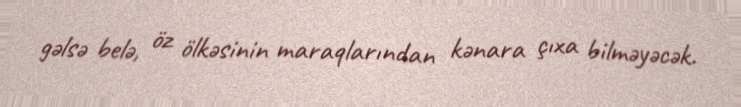
gəlsə belə, öz ölkəsinin maraqlarından kənara çıxa bilməyəcək.